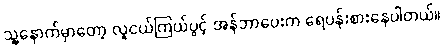
သူ့နောက်မှာတော့ လူငယ်ကြယ်ပွင့် အန်ဘာပေးက ရေပန်းစားနေပါတယ်။